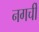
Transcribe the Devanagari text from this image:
नगर्ची